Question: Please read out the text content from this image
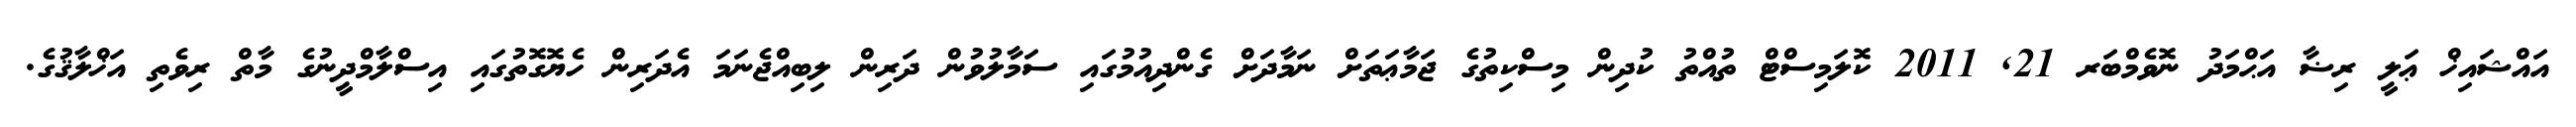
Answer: އައްޝައިޚް ޢަލީ ރިޟާ އަޙްމަދު ނޮވެމްބަރ 21, 2011 ކޮލަމިސްޓް ތުއްތު ކުދިން މިސްކިތުގެ ޖަމާޢަތަށް ނަމާދަށް ގެންދިއުމުގައި ސަމާލުވުން ދަރިން ލިބިއްޖެނަމަ އެދަރިން ހެޔޮގޮތުގައި އިސްލާމްދީނުގެ މާތް ރިވެތި އަޚްލާޤުގެ.